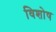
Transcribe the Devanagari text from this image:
विशोष